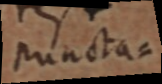
puncta